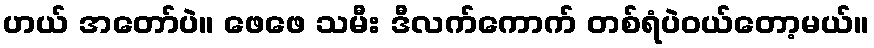
ဟယ် အတော်ပဲ။ ဖေဖေ သမီး ဒီလက်ကောက် တစ်ရံပဲဝယ်တော့မယ်။